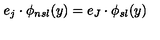
e _ { j } \cdot \phi _ { n s l } ( y ) = e _ { J } \cdot \phi _ { s l } ( y )